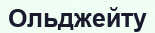
Ольджейту